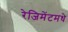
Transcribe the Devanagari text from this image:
रेजिमेंटमधे